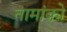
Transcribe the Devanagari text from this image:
तामांको